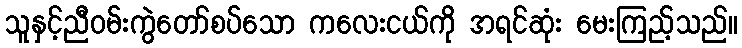
သူနှင့်ညီဝမ်းကွဲတော်စပ်သော ကလေးငယ်ကို အရင်ဆုံး မေးကြည့်သည်။